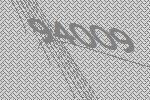
94009